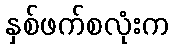
နှစ်ဖက်စလုံးက